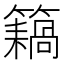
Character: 𥶤